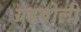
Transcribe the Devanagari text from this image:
ग्रहबोली